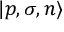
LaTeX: | p , \sigma , n \rangle